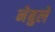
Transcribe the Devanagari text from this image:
नेबुले